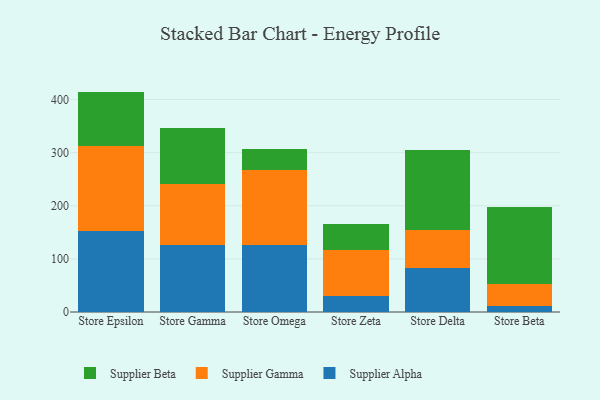
{"axis": {"x": "Store", "y": "Temperature (°C)"}, "legend": ["Supplier Alpha", "Supplier Beta", "Supplier Gamma"], "data": [{"x": "Store Epsilon", "y": 152.5, "type": "Supplier Alpha"}, {"x": "Store Epsilon", "y": 160.0, "type": "Supplier Gamma"}, {"x": "Store Epsilon", "y": 102.4, "type": "Supplier Beta"}, {"x": "Store Gamma", "y": 126.5, "type": "Supplier Alpha"}, {"x": "Store Gamma", "y": 114.1, "type": "Supplier Gamma"}, {"x": "Store Gamma", "y": 106.7, "type": "Supplier Beta"}, {"x": "Store Omega", "y": 126.1, "type": "Supplier Alpha"}, {"x": "Store Omega", "y": 141.1, "type": "Supplier Gamma"}, {"x": "Store Omega", "y": 40.4, "type": "Supplier Beta"}, {"x": "Store Zeta", "y": 29.6, "type": "Supplier Alpha"}, {"x": "Store Zeta", "y": 87.6, "type": "Supplier Gamma"}, {"x": "Store Zeta", "y": 47.6, "type": "Supplier Beta"}, {"x": "Store Delta", "y": 82.5, "type": "Supplier Alpha"}, {"x": "Store Delta", "y": 71.3, "type": "Supplier Gamma"}, {"x": "Store Delta", "y": 151.7, "type": "Supplier Beta"}, {"x": "Store Beta", "y": 11.9, "type": "Supplier Alpha"}, {"x": "Store Beta", "y": 41.4, "type": "Supplier Gamma"}, {"x": "Store Beta", "y": 144.2, "type": "Supplier Beta"}]}